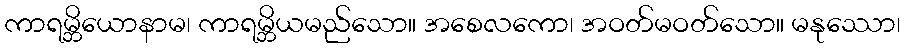
ကာရမ္ဘိယောနာမ၊ ကာရမ္ဘိယမည်သော။ အစေလကော၊ အဝတ်မဝတ်သော။ မနုဿော၊